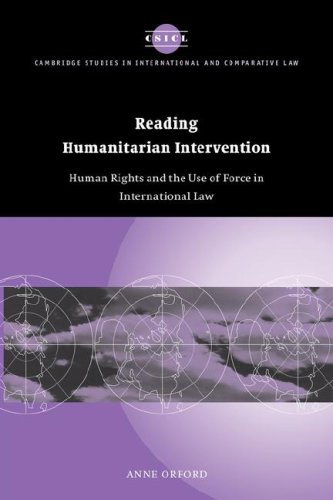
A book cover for Reading Humanitarian Intervention: Human Rights and the Use of Force in International Law (Cambridge Studies in International and Comparative Law); Anne Orford; Law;